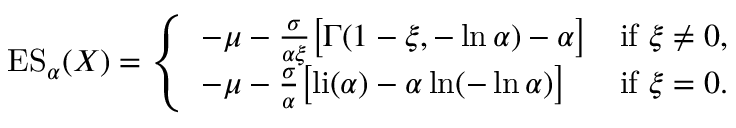
\operatorname { E S } _ { \alpha } ( X ) = { \left\{ \begin{array} { l l } { - \mu - { \frac { \sigma } { \alpha \xi } } { \big [ } \Gamma ( 1 - \xi , - \ln \alpha ) - \alpha { \big ] } } & { { \mathrm { i f ~ } } \xi \neq 0 , } \\ { - \mu - { \frac { \sigma } { \alpha } } { \big [ } { \mathrm { l i } } ( \alpha ) - \alpha \ln ( - \ln \alpha ) { \big ] } } & { { \mathrm { i f ~ } } \xi = 0 . } \end{array} \right. }